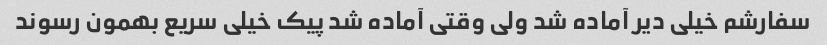
سفارشم خیلی دیر آماده شد ولی وقتی آماده شد پیک خیلی سریع بهمون رسوند